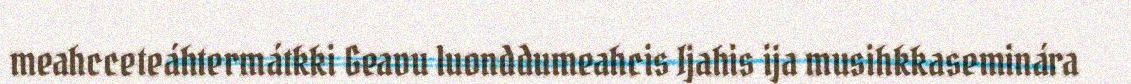
meahcceteáhtermátkki Geavu luonddumeahcis Ijahis ija musihkkaseminára